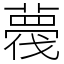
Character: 薎